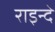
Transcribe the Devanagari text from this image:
राइन्दे